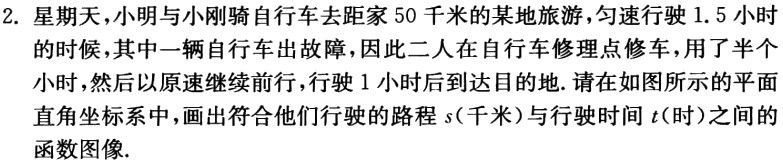
2. 星期天，小明与小刚骑自行车去距家50千米的某地旅游，匀速行驶1.5小时的时候，其中一辆自行车出故障，因此二人在自行车修理点修车，用了半个小时，然后以原速继续前行，行驶1小时后到达目的地. 请在如图所示的平面直角坐标系中，画出符合他们行驶的路程\(s\)（千米）与行驶时间\(t\)（时）之间的函数图像.